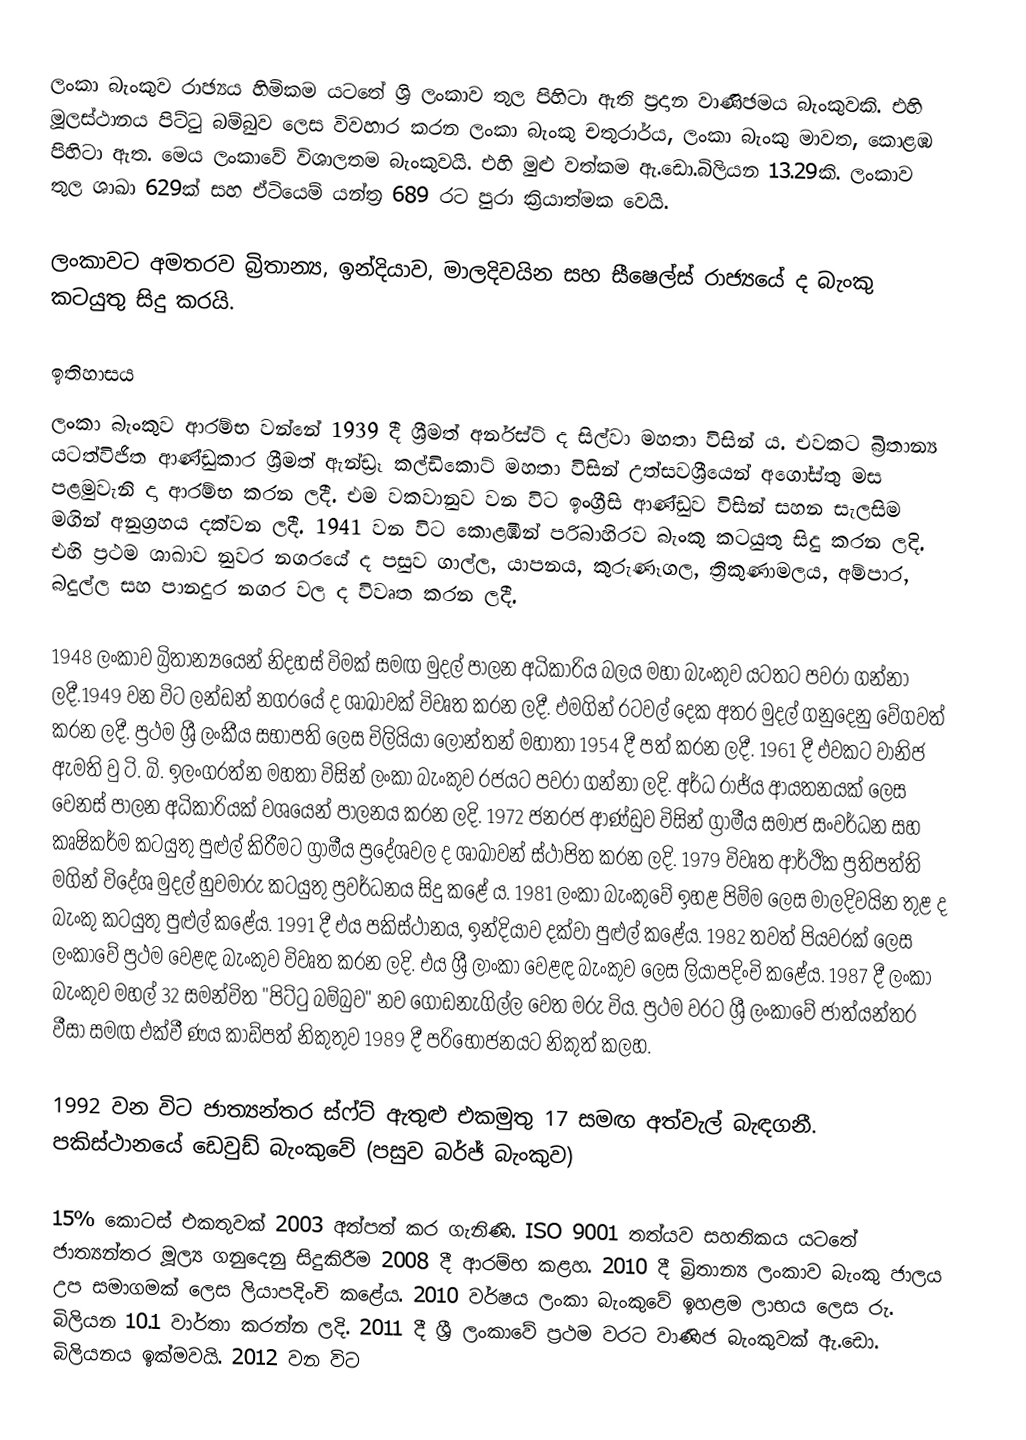
ලංකා බැංකුව රාඡ්‍යය හිමිකම යටතේ ශ්‍රි ලංකාව තුල පිහිටා ඇති ප්‍රදාන වාණිඡමය බැංකුවකි. එහි මූලස්ථානය පිට්ටු බම්බුව ලෙස විවහාර කරන ලංකා බැංකු චතුරාර්ය, ලංකා බැංකු මාවත, කොළඹ පිහිටා ඇත. මෙය ලංකාවේ විශාලතම බැංකුවයි. එහි මුළු වත්කම ඇ.ඩො.බිලියන 13.29කි. ලංකාව තුල ශාඛා 629ක් සහ ඒටියෙම් යන්ත්‍ර 689 රට පුරා ක්‍රියාත්මක වෙයි.

ලංකාවට අමතරව බ්‍රිතාන්‍ය, ඉන්දියාව, මාලදිවයින සහ සීෂෙල්ස් රාජ්‍යයේ ද බැංකු කටයුතු සිදු කරයි.

ඉතිහාසය
ලංකා බැංකුව ආරම්භ වන්නේ 1939 දී ශ්‍රීමත් අර්නස්ට් ද සිල්වා මහතා විසින් ය. එවකට බ්‍රිතාන්‍ය යටත්විජිත ආණ්ඩුකාර ශ්‍රීමත් ඇන්ඩ්‍රෑ කල්ඩිකොට් මහතා විසින් උත්සවශ්‍රීයෙන් අගෝස්තු මස පළමුවැනි දා ආරම්භ කරන ලදී. එම වකවානුව වන විට ඉංග්‍රීසි ආණ්ඩුව විසින් සහන සැලසිම මගින් අනුග්‍රහය දක්වන ලදී. 1941 වන විට කොළඹින් පරිබාහිරව බැංකු කටයුතු සිදු කරන ලදි. එහි ප්‍රථම ශාඛාව නුවර නගරයේ ද පසුව ගාල්ල, යාපනය, කුරුණෑගල, ත්‍රිකුණාමලය, අම්පාර, බදුල්ල සහ පානදුර නගර වල ද විවෘත කරන ලදී.

1948 ලංකාව බ්‍රිතාන්‍යයෙන් නිදහස් විමක් සමඟ මුදල් පාලන අධිකාරිය බලය මහා බැංකුව යටතට පවරා ගන්නා ලදී.1949 වන විට ලන්ඩන් නගරයේ ද ශාඛාවක් විවෘත කරන ලදී. එමගින් රටවල් දෙක අතර මුදල් ගනුදෙනු වේගවත් කරන ලදී. ප්‍රථම ශ්‍රී ලංකීය සභාපති ලෙස චිලියියා ලොන්තන් මහාතා 1954 දී පත් කරන ලදී. 1961 දී එවකට වානිජ ඇමති වු ටි. බි. ඉලංගරත්න මහතා විසින් ලංකා බැංකුව රජයට පවරා ගන්නා ලදි. අර්ධ රාජ්ය ආයතනයක් ලෙස වෙනස් පාලන අධිකාරියක් වශයෙන් පාලනය කරන ලදි. 1972 ජනරජ ආණ්ඩුව විසින් ග්‍රාමීය සමාජ සංවර්ධන සහ කෘෂිකර්ම කටයුතු පුළුල් කිරීමට ග්‍රාමීය ප්‍රදේශවල ද ශාඛාවන් ස්ථාපිත කරන ලදි. 1979 විවෘත ආර්ථික ප්‍රතිපත්ති මගින් විදේශ මුදල් හුවමාරු කටයුතු ප්‍රවර්ධනය සිදු කළේ ය. 1981 ලංකා බැංකුවේ ඉහළ පිම්ම ලෙස මාලදිවයින තුළ ද බැංකු කටයුතු පුළුල් කළේය. 1991 දී එය පකිස්ථානය, ඉන්දියාව දක්වා පුළුල් කළේය. 1982 තවත් පියවරක් ලෙස ලංකාවේ ප්‍රථම වෙළඳ බැංකුව විවෘත කරන ලදි. එය ශ්‍රී ලාංකා වෙළඳ බැංකුව ලෙස ලියාපදිංචි කළේය. 1987 දී ලංකා බැංකුව මහල් 32 සමන්විත "පිට්ටු බම්බුව" නව ගොඩනැගිල්ල වෙත මරු විය. ප්‍රථම වරට ශ්‍රී ලංකාවේ ජාත්යන්තර වීසා සමඟ එක්වී ණය කාඩ්පත් නිකුතුව 1989 දී පරිභෝජනයට නිකුත් කලහ.

1992 වන විට ජාත්‍යන්තර ස්ෆ්ට් ඇතුළු එකමුතු 17 සමඟ අත්වැල් බැඳගනී. පකිස්ථානයේ ඩෙවුඩ් බැංකුවේ (පසුව බර්ජ් බැංකුව)

15% කොටස් එකතුවක් 2003 අත්පත් කර ගැනිණි. ISO 9001 තත්යව සහතිකය යටතේ ජාත්‍යන්තර මූල්‍ය ගනුදෙනු සිදුකිරීම 2008 දී ආරම්භ කළහ. 2010 දී බ්‍රිතාන්‍ය ලංකාව බැංකු ජාලය උප සමාගමක් ලෙස ලියාපදිංචි කළේය. 2010 වර්ෂය ලංකා බැංකුවේ ඉහළම ලාභය ලෙස රු. බිලියන 10.1 වාර්තා කරන්න ලදි. 2011 දී ශ්‍රී ලංකාවේ ප්‍රථම වරට වාණිජ බැංකුවක් ඇ.ඩො. බිලියනය ඉක්මවයි. 2012 වන විට